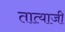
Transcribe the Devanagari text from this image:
तात्याजी